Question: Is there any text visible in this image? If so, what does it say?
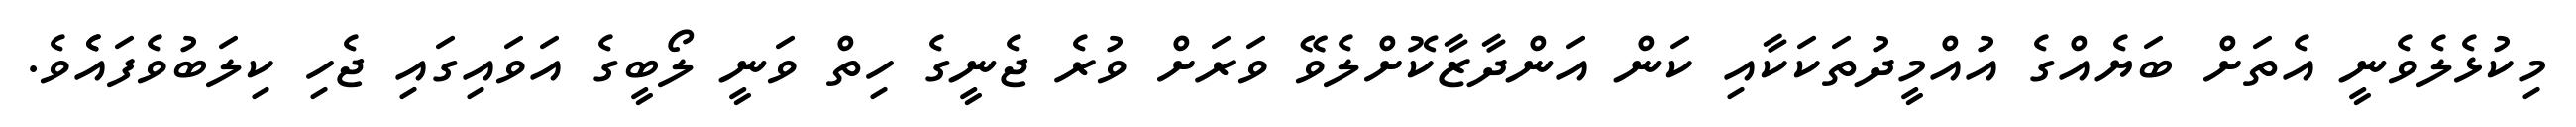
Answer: މިކުޅެލެވެނީ އެތަށް ބަޔެއްގެ އުއްމީދުތަކަކާއި ކަން އަންދާޒާކޮށްލެވޭ ވަރަށް ވުރެ ޖެނީގެ ހިތް ވަނީ ލޯބީގެ އަވައިގައި ޖެހި ކިލަބުވެފައެެވެ.